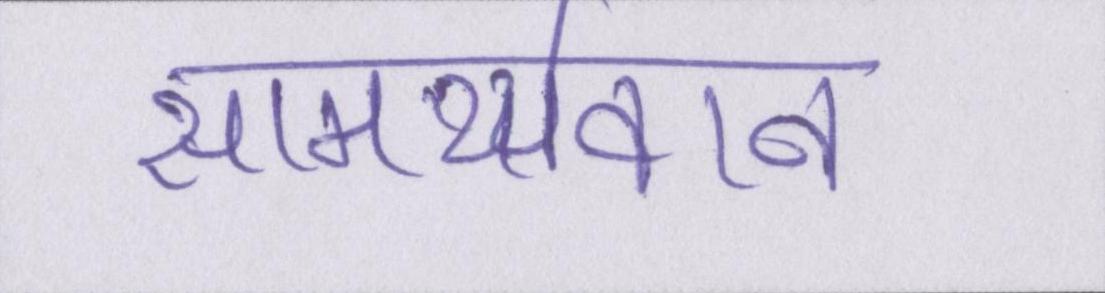
सामर्थ्यवान